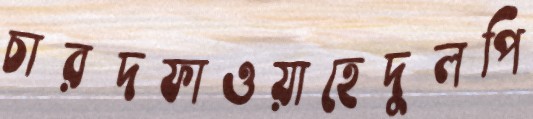
চারদফাওয়াহেদুলপি